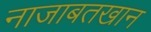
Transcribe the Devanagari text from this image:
नाजाबतखान